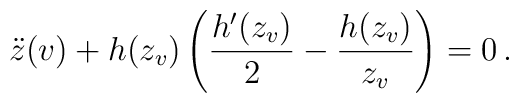
\ddot z (v) + h(z_v) \left( {{h'(z_v)}\over 2} - {{h(z_v)}\over {z_v}}\right) =0 \, .